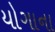
યોગાના